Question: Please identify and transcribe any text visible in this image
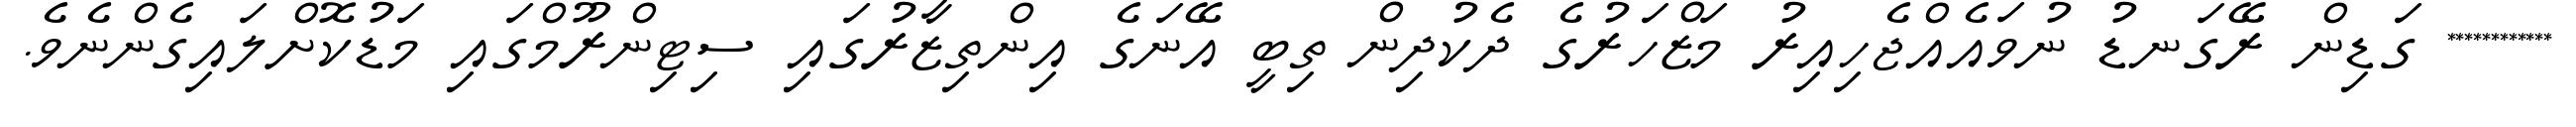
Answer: ************ ގަޑިން ރޭގަނޑު ނުވައެއްޖެހިއިރު މަޒްހަރުގެ ދެކުދިން ތިބީ އޭނަގެ އިންތިޒާރުގައި ސިޓިންރޫމްގައި މަޑުކޮށްލައިގެންނެވެ.